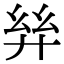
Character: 𢇂